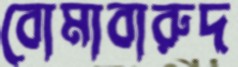
বোমাবারুদ